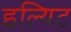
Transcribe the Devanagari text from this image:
इल्यिट